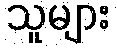
သူများ